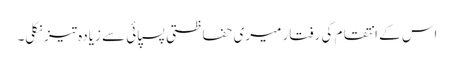
اس کے انتقام کی رفتار میری حفاظتی پسپائی سے زیادہ تیز نکلی۔